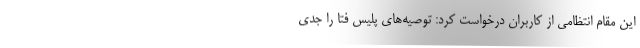
این مقام انتظامی از کاربران درخواست کرد: توصیه‌‌های پلیس فتا را جدی